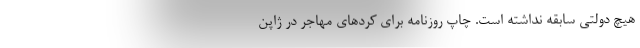
هیچ دولتی سابقه نداشته است. چاپ روزنامه برای کردهای مهاجر در ژاپن